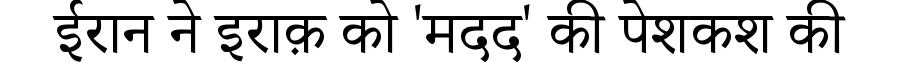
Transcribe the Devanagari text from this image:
ईरान ने इराक़ को 'मदद' की पेशकश की